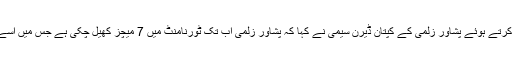
اسلام آباد یونائیٹڈ کیخلاف شکست کے بعد میڈیا سے با ت چیت کرتے ہوئے پشاور زلمی کے کپتان ڈیرن سیمی نے کہا کہ پشاور زلمی اب تک ٹورنامنٹ میں 7 میچز کھیل چکی ہے جس میں اسے تین میں کامیابی ہوئی جبکہ چار میں شکست کا سامنا کرنا پڑا۔